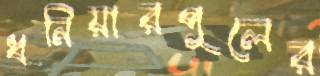
ধনিয়ারপুলের